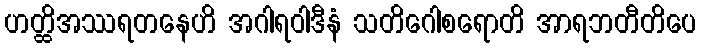
ဟတ္ထိအဿရတနေဟိ အဂါရဝါဒီနံ သတိဂေါစရောတိ အာရဘတီတိပေ